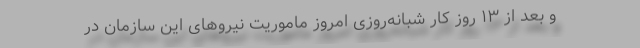
و بعد از ۱۳ روز کار شبانه‌روزی امروز ماموریت نیروهای این سازمان در